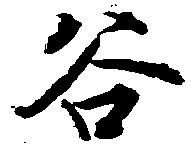
谷